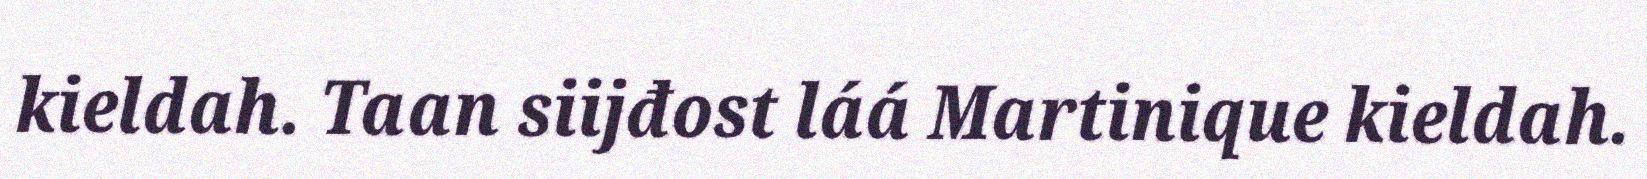
kieldah. Taan siijđost láá Martinique kieldah.